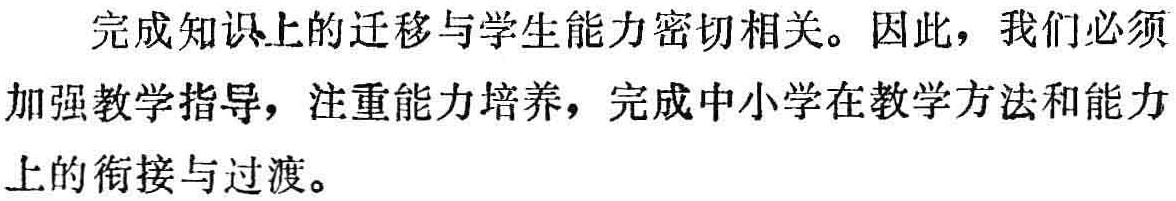
完成知识上的迁移与学生能力密切相关。因此，我们必须加强教学指导，注重能力培养，完成中小学在教学方法和能力上的衔接与过渡。